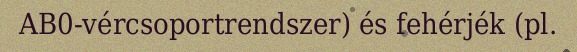
AB0-vércsoportrendszer) és fehérjék (pl.